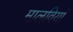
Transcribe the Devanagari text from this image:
मालवियां